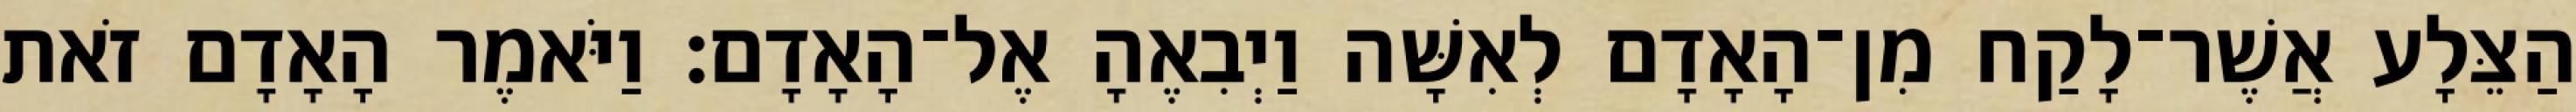
הַצֵּלָע אֲשֶׁר־לָקַח מִן־הָאָדָם לְאִשָּׁה וַיְבִאֶהָ אֶל־הָאָדָם׃ וַיֹּאמֶר הָאָדָם זֹאת